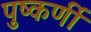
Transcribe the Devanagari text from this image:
पुष्कर्णी